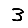
Digit: 3